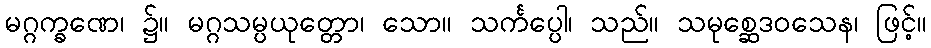
မဂ္ဂက္ခဏေ၊ ၌။ မဂ္ဂသမ္ပယုတ္တော၊ သော။ သင်္ကပ္ပေါ၊ သည်။ သမုစ္ဆေဒဝသေန၊ ဖြင့်။